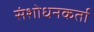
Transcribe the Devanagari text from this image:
संशोधनकर्ता